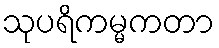
သုပရိကမ္မကတာ